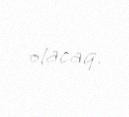
olacaq.